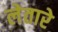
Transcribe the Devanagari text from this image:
लेतारे